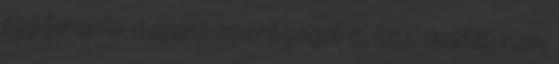
egy forgató csoport az országot és láss csodát, nem